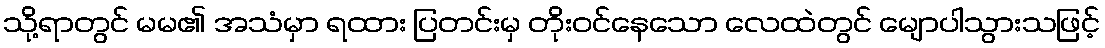
သို့ရာတွင် မမ၏ အသံမှာ ရထား ပြတင်းမှ တိုးဝင်နေသော လေထဲတွင် မျောပါသွားသဖြင့်